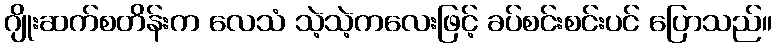
ဂျိုးဆက်စတိန်းက လေသံ သဲ့သဲ့ကလေးဖြင့် ခပ်စင်းစင်းပင် ပြောသည်။